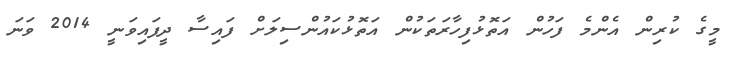
މީގެ ކުރިން އެންމެ ފަހުން އަތޮޅުފިހާރަތަކުން އަތޮޅުކައުންސިލަށް ފައިސާ ދީފައިވަނީ 2014 ވަނަ